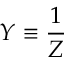
Y \equiv { \frac { 1 } { Z } }